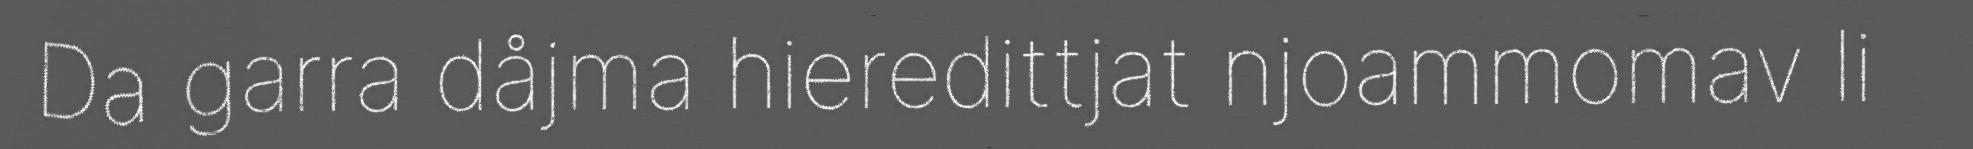
Da garra dåjma hieredittjat njoammomav li